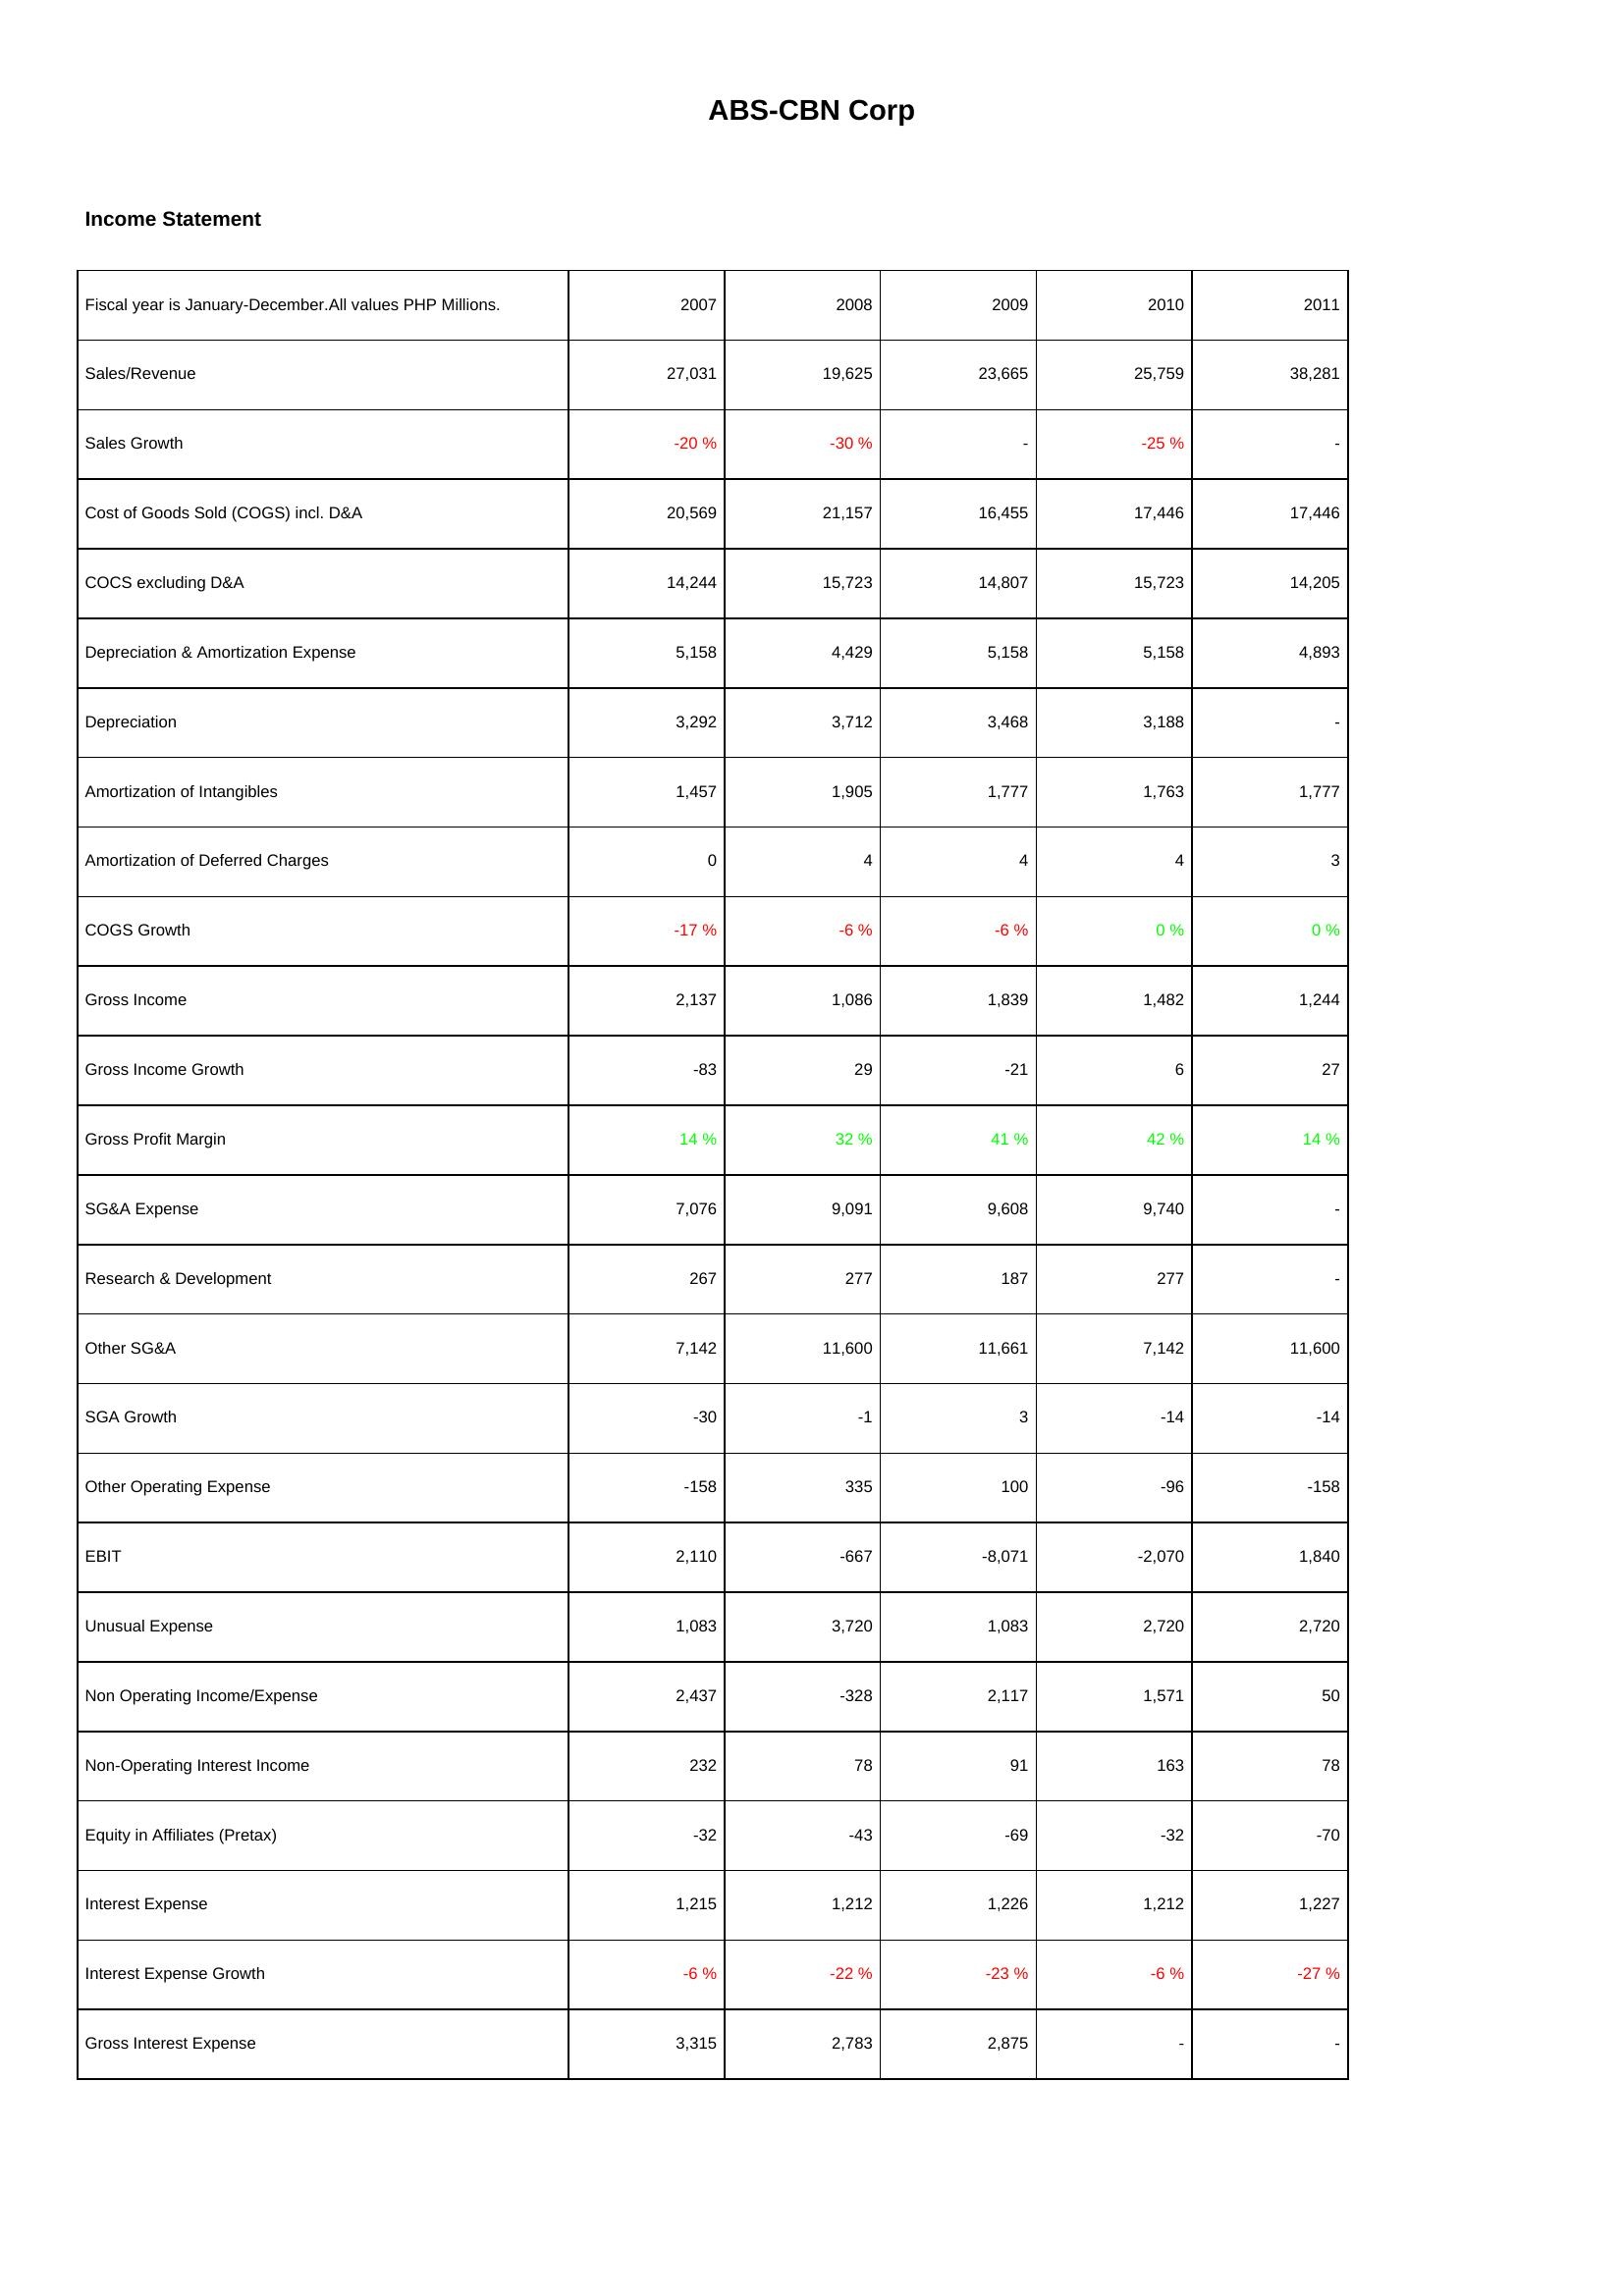
2007: Income Statement: Sales/Revenue: 27,031
Sales Growth: -20 %
Cost of Goods Sold (COGS) incl. D&A: 20,569
COCS excluding D&A: 14,244
Depreciation & Amortization Expense: 5,158
Depreciation: 3,292
Amortization of Intangibles: 1,457
Amortization of Deferred Charges: 0
COGS Growth: -17 %
Gross Income: 2,137
Gross Income Growth: -83
Gross Profit Margin: 14 %
SG&A Expense: 7,076
Research & Development: 267
Other SG&A: 7,142
SGA Growth: -30
Other Operating Expense: -158
EBIT: 2,110
Unusual Expense: 1,083
Non Operating Income/Expense: 2,437
Non-Operating Interest Income: 232
Equity in Affiliates (Pretax): -32
Interest Expense: 1,215
Interest Expense Growth: -6 %
Gross Interest Expense: 3,315
2008: Income Statement: Sales/Revenue: 19,625
Sales Growth: -30 %
Cost of Goods Sold (COGS) incl. D&A: 21,157
COCS excluding D&A: 15,723
Depreciation & Amortization Expense: 4,429
Depreciation: 3,712
Amortization of Intangibles: 1,905
Amortization of Deferred Charges: 4
COGS Growth: -6 %
Gross Income: 1,086
Gross Income Growth: 29
Gross Profit Margin: 32 %
SG&A Expense: 9,091
Research & Development: 277
Other SG&A: 11,600
SGA Growth: -1
Other Operating Expense: 335
EBIT: -667
Unusual Expense: 3,720
Non Operating Income/Expense: -328
Non-Operating Interest Income: 78
Equity in Affiliates (Pretax): -43
Interest Expense: 1,212
Interest Expense Growth: -22 %
Gross Interest Expense: 2,783
2009: Income Statement: Sales/Revenue: 23,665
Sales Growth: -
Cost of Goods Sold (COGS) incl. D&A: 16,455
COCS excluding D&A: 14,807
Depreciation & Amortization Expense: 5,158
Depreciation: 3,468
Amortization of Intangibles: 1,777
Amortization of Deferred Charges: 4
COGS Growth: -6 %
Gross Income: 1,839
Gross Income Growth: -21
Gross Profit Margin: 41 %
SG&A Expense: 9,608
Research & Development: 187
Other SG&A: 11,661
SGA Growth: 3
Other Operating Expense: 100
EBIT: -8,071
Unusual Expense: 1,083
Non Operating Income/Expense: 2,117
Non-Operating Interest Income: 91
Equity in Affiliates (Pretax): -69
Interest Expense: 1,226
Interest Expense Growth: -23 %
Gross Interest Expense: 2,875
2010: Income Statement: Sales/Revenue: 25,759
Sales Growth: -25 %
Cost of Goods Sold (COGS) incl. D&A: 17,446
COCS excluding D&A: 15,723
Depreciation & Amortization Expense: 5,158
Depreciation: 3,188
Amortization of Intangibles: 1,763
Amortization of Deferred Charges: 4
COGS Growth: 0 %
Gross Income: 1,482
Gross Income Growth: 6
Gross Profit Margin: 42 %
SG&A Expense: 9,740
Research & Development: 277
Other SG&A: 7,142
SGA Growth: -14
Other Operating Expense: -96
EBIT: -2,070
Unusual Expense: 2,720
Non Operating Income/Expense: 1,571
Non-Operating Interest Income: 163
Equity in Affiliates (Pretax): -32
Interest Expense: 1,212
Interest Expense Growth: -6 %
Gross Interest Expense: -
2011: Income Statement: Sales/Revenue: 38,281
Sales Growth: -
Cost of Goods Sold (COGS) incl. D&A: 17,446
COCS excluding D&A: 14,205
Depreciation & Amortization Expense: 4,893
Depreciation: -
Amortization of Intangibles: 1,777
Amortization of Deferred Charges: 3
COGS Growth: 0 %
Gross Income: 1,244
Gross Income Growth: 27
Gross Profit Margin: 14 %
SG&A Expense: -
Research & Development: -
Other SG&A: 11,600
SGA Growth: -14
Other Operating Expense: -158
EBIT: 1,840
Unusual Expense: 2,720
Non Operating Income/Expense: 50
Non-Operating Interest Income: 78
Equity in Affiliates (Pretax): -70
Interest Expense: 1,227
Interest Expense Growth: -27 %
Gross Interest Expense: -